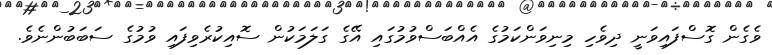
ވެގެން ގޮސްފައިވަނީ ދިވެހި މިނިވަންކަމުގެ އެއްބަސްވުމުގައި އޭގެ ގަލަމަކުން ސޮއިކުރެވިފައި ވުމުގެ ސަބަބުންނެވެ.